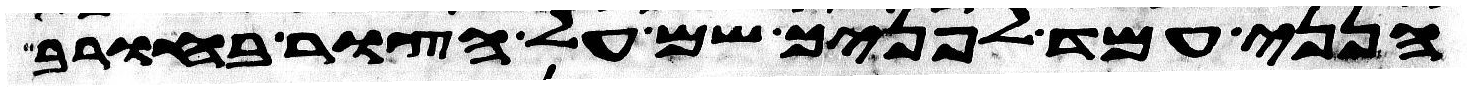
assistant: הנני עמד לפניך שם על הצור בחורב